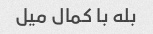
بله با کمال میل